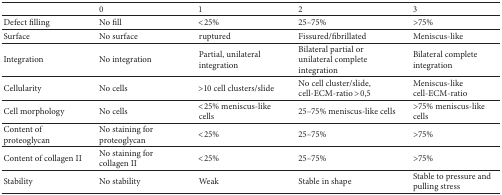
<table><thead><tr><td><b> </b></td><td><b>0</b></td><td><b>1</b></td><td><b>2</b></td><td><b>3</b></td></tr></thead><tbody><tr><td>Defect filling</td><td>No fill</td><td>&lt;25%</td><td>25–75%</td><td>&gt;75%</td></tr><tr><td>Surface</td><td>No surface</td><td>ruptured</td><td>Fissured/fibrillated</td><td>Meniscus-like</td></tr><tr><td>Integration</td><td>No integration</td><td>Partial, unilateral integration</td><td>Bilateral partial or unilateral complete integration</td><td>Bilateral complete integration</td></tr><tr><td>Cellularity</td><td>No cells</td><td>&gt;10 cell clusters/slide</td><td>No cell cluster/slide, cell-ECM-ratio &gt;0,5</td><td>Meniscus-like cell-ECM-ratio</td></tr><tr><td>Cell morphology</td><td>No cells</td><td>&lt;25% meniscus-like cells</td><td>25–75% meniscus-like cells</td><td>&gt;75% meniscus-like cells</td></tr><tr><td>Content of proteoglycan</td><td>No staining for proteoglycan</td><td>&lt;25%</td><td>25–75%</td><td>&gt;75%</td></tr><tr><td>Content of collagen II</td><td>No staining for collagen II</td><td>&lt;25%</td><td>25–75%</td><td>&gt;75%</td></tr><tr><td>Stability</td><td>No stability</td><td>Weak</td><td>Stable in shape</td><td>Stable to pressure and pulling stress</td></tr></tbody></table>